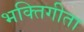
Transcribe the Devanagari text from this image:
भक्तिगीता